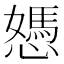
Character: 𢢷